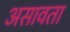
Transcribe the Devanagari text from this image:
असावता